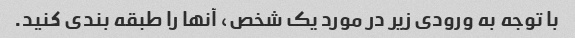
با توجه به ورودی زیر در مورد یک شخص، آنها را طبقه بندی کنید.